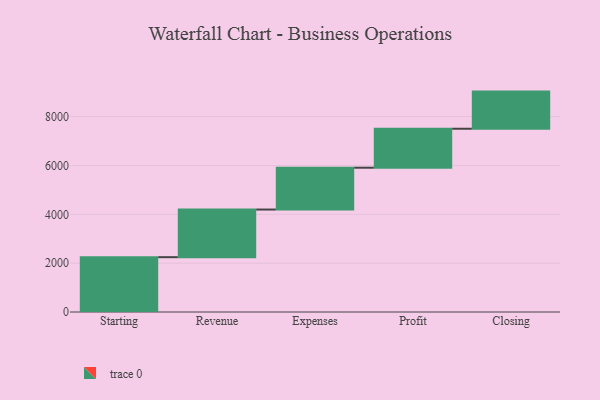
{"axis": {"x": "Step", "y": "Value"}, "legend": [""], "data": [{"x": "Starting", "y": 2245.0, "type": ""}, {"x": "Revenue", "y": 1951.0, "type": ""}, {"x": "Expenses", "y": 1713.0, "type": ""}, {"x": "Profit", "y": 1596.0, "type": ""}, {"x": "Closing", "y": 1521.0, "type": ""}]}